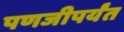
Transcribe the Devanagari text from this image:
पणजीपर्यंत